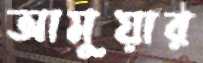
আমুয়ার